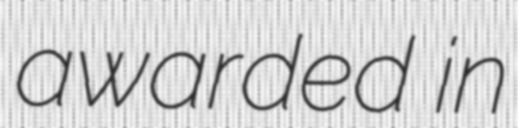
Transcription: awarded in